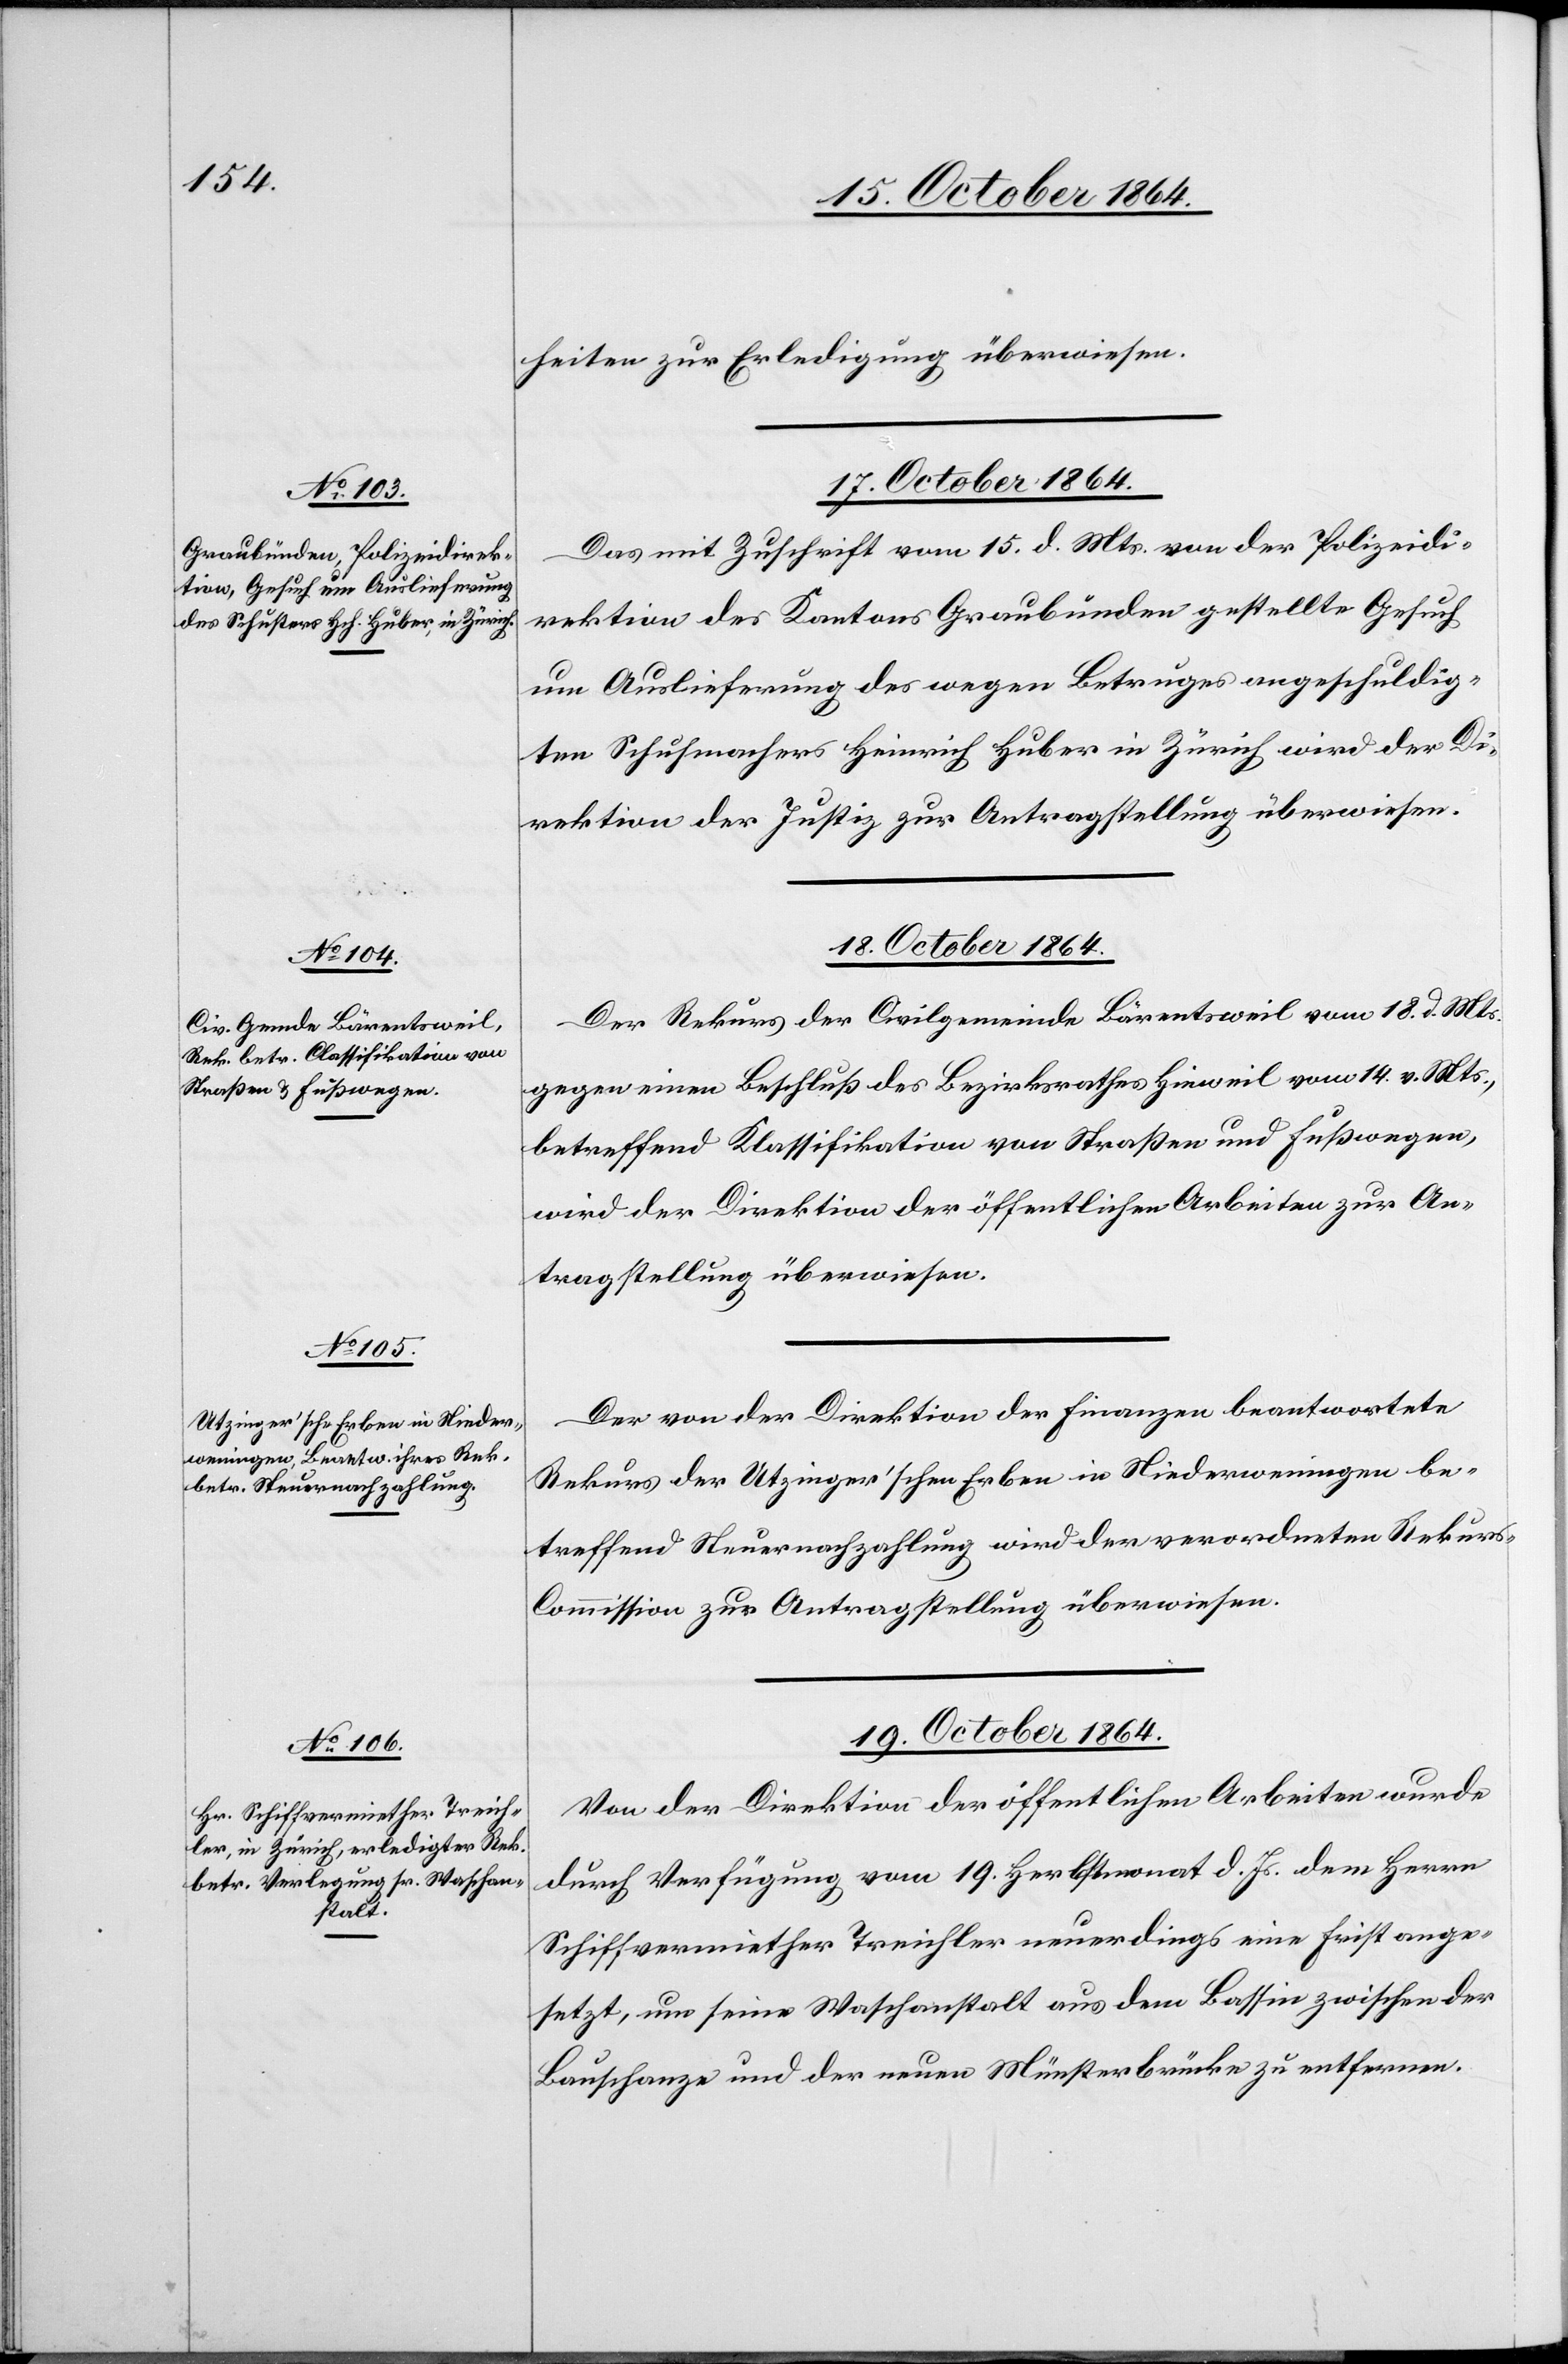
heiten zur Erledigung überwiesen.
17. October 1864.
Das mit Zuschrift vom 15. d. Mts. von der Polizeidi¬
rektion des Kantons Graubünden gestellte Gesuch
um Auslieferung des wegen Betruges angeschuldig¬
ten Schuhmachers Heinrich Huber in Zürich wird der Di¬
rektion der Justiz zur Antragstellung überwiesen.
18. October 1864.]
Der Rekurs der Civilgemeinde Bärentsweil vom 18. d. Mts.
gegen einen Beschluß des Bezirksrathes Hinweil vom 14. v. Mts.,
betreffend Klassifikation von Straßen und Fußwegen,
wird der Direktion der öffentlichen Arbeiten zur An¬
tragstellung überwiesen.
Der von der Direktion der Finanzen beantwortete
Rekurs der Utzinger’schen Erben in Niederweningen be¬
treffend Steuernachzahlung wird der verordneten Rekur¬
s-Commission zur Antragstellung überwiesen.
19. October 1864.
Von der Direktion der öffentlichen Arbeiten wurde
durch Verfügung vom 19. Herbstmonat d. Js. dem Herrn
Schiffsvermiether Treichler neuerdings eine Frist ange¬
setzt, um seine Waschanstalt aus dem Bassin zwischen der
Bauschanze und der neuen Münsterbrücke zu entfernen.